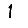
Digit: 1